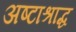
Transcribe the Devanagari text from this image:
अष्टाश्राद्ध